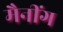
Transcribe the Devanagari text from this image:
मैनींग